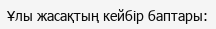
Ұлы жасақтың кейбір баптары: